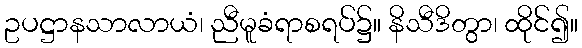
ဥပဋ္ဌာနသာလာယံ၊ ညီမူခံရာစရပ်၌။ နိသီဒိတွာ၊ ထိုင်၍။